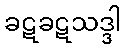
ခဋခဋသဒ္ဒါ